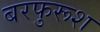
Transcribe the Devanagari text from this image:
बरफुरूश